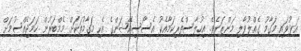
އަޅުވައި މަގާމު ގެއްލުވާލި މަންޒަރެވެ. އިހުލާސްތެރިކަމާއެކު އެސޯސިއޭޝަންގެ އެކި މަގާމުތަކަށް މެމްބަރުން ހަމަޖެއްސުމަށް